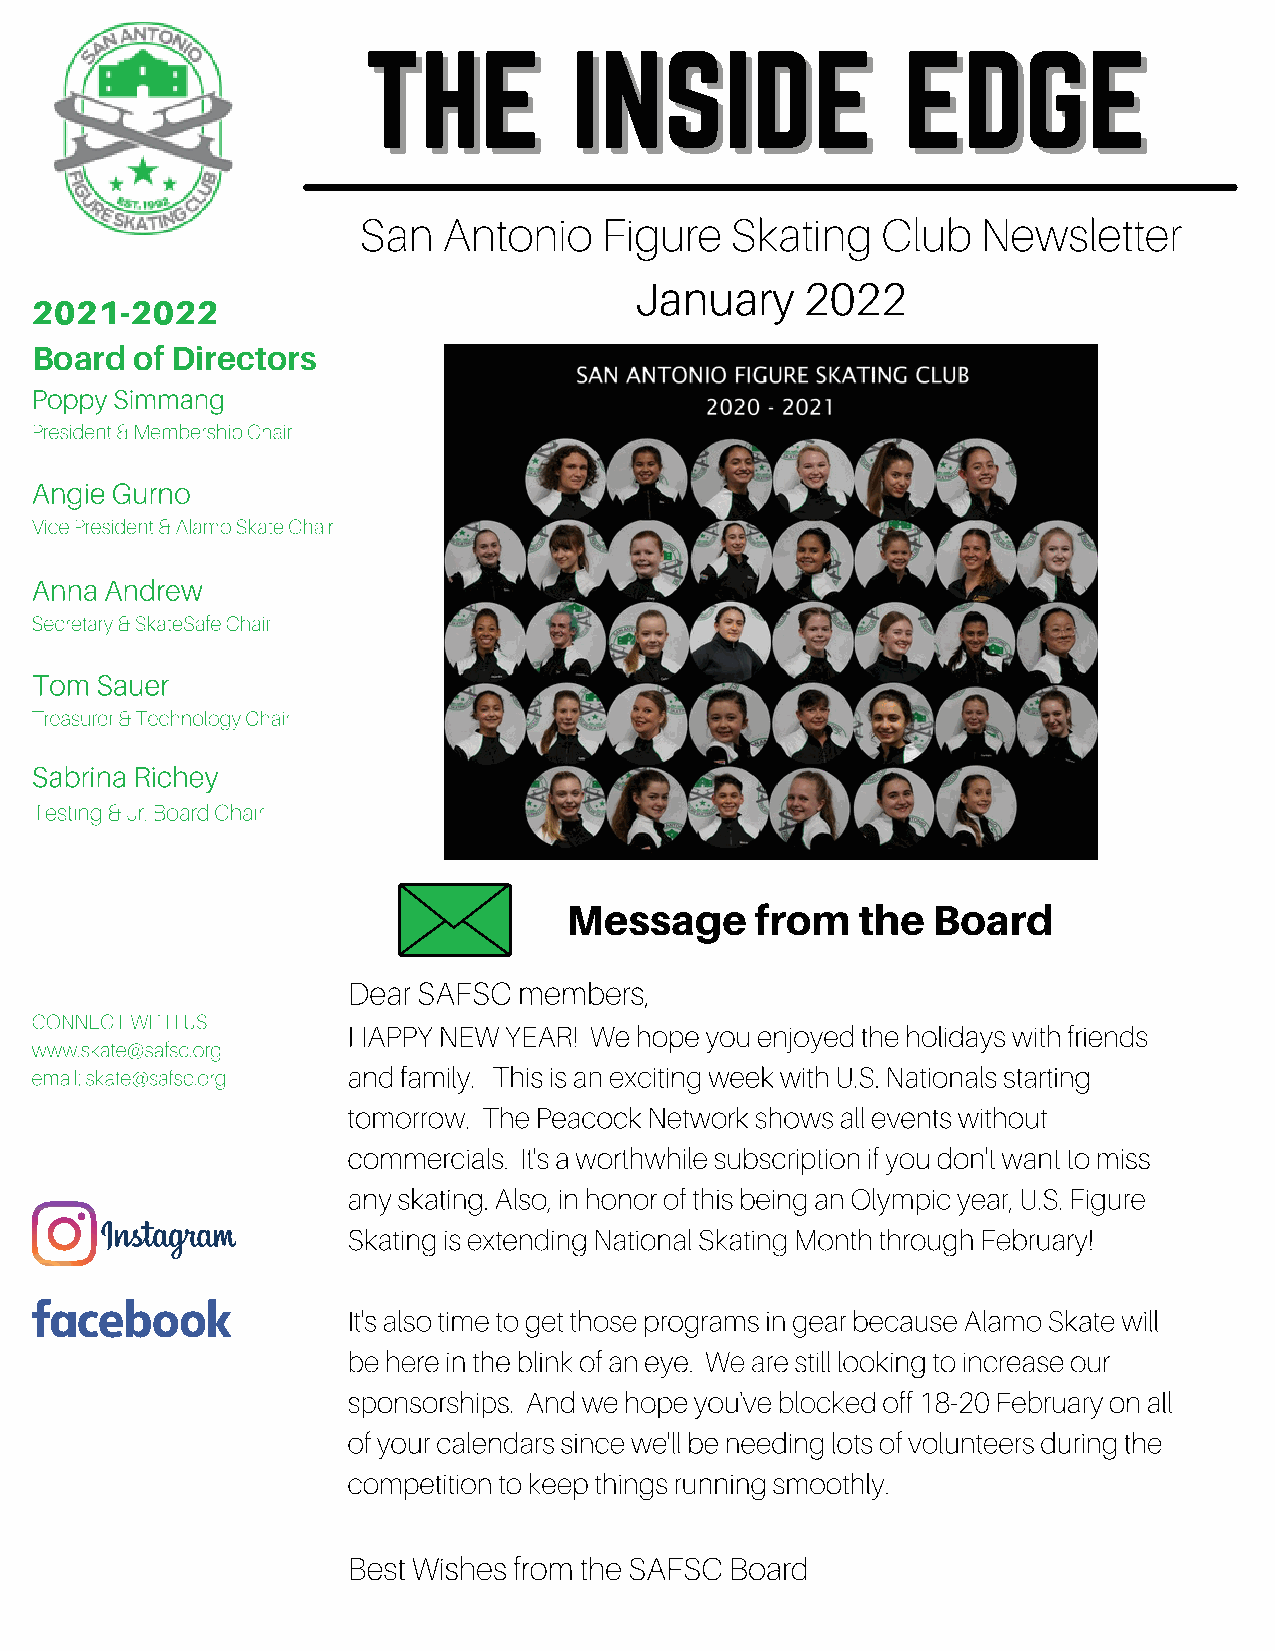
TTHHEE        IINNSSIIDDEE          EEDDGGEE
 San  Antonio    Figure  Skating   Club   Newsletter
 January    2022
 2021-2022
 Board  of Directors
 Poppy Simmang
 President & Membership Chair
 Angie Gurno
 Vice President & Alamo Skate Chair
 Anna Andrew
 Secretary & SkateSafe Chair
 Tom Sauer
 Treasurer & Technology Chair
 Sabrina Richey
 Testing & Jr. Board Chair
 Message      from   the  Board
 Dear SAFSC members,
 CONNECT WITH US
 HAPPY NEW YEAR! We hope you enjoyed the holidays with friends
 www.skate@safsc.org
 email: skate@safsc.org and family. This is an exciting week with U.S. Nationals starting
 tomorrow. The Peacock Network shows all events without
 commercials. It's a worthwhile subscription if you don't want to miss
 any skating. Also, in honor of this being an Olympic year, U.S. Figure
 Skating is extending National Skating Month through February!
 It's also time to get those programs in gear because Alamo Skate will
 be here in the blink of an eye. We are still looking to increase our
 sponsorships. And we hope you've blocked off 18-20 February on all
 of your calendars since we'll be needing lots of volunteers during the
 competition to keep things running smoothly.
 Best Wishes from the SAFSC Board